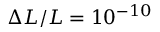
\Delta { } L / L = 1 0 ^ { - 1 0 }